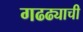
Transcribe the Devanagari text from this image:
गढढ्याची